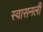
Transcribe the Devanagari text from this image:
स्वासनली